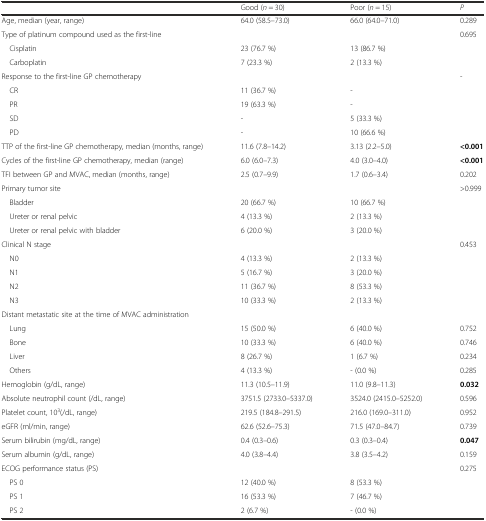
<table><thead><tr><td></td><td><b>Good (<i>n</i> = 30)</b></td><td><b>Poor (<i>n</i> = 15)</b></td><td><b><i>P</i></b></td></tr></thead><tbody><tr><td>Age, median (year, range)</td><td>64.0 (58.5–73.0)</td><td>66.0 (64.0–71.0)</td><td>0.289</td></tr><tr><td>Type of platinum compound used as the first-line</td><td></td><td></td><td>0.695</td></tr><tr><td> Cisplatin</td><td>23 (76.7 %)</td><td>13 (86.7 %)</td><td></td></tr><tr><td> Carboplatin</td><td>7 (23.3 %)</td><td>2 (13.3 %)</td><td></td></tr><tr><td>Response to the first-line GP chemotherapy</td><td></td><td></td><td>-</td></tr><tr><td> CR</td><td>11 (36.7 %)</td><td>-</td><td></td></tr><tr><td> PR</td><td>19 (63.3 %)</td><td>-</td><td></td></tr><tr><td> SD</td><td>-</td><td>5 (33.3 %)</td><td></td></tr><tr><td> PD</td><td>-</td><td>10 (66.6 %)</td><td></td></tr><tr><td>TTP of the first-line GP chemotherapy, median (months, range)</td><td>11.6 (7.8–14.2)</td><td>3.13 (2.2–5.0)</td><td><b>&lt;0.001</b></td></tr><tr><td>Cycles of the first-line GP chemotherapy, median (range)</td><td>6.0 (6.0–7.3)</td><td>4.0 (3.0–4.0)</td><td><b>&lt;0.001</b></td></tr><tr><td>TFI between GP and MVAC, median (months, range)</td><td>2.5 (0.7–9.9)</td><td>1.7 (0.6–3.4)</td><td>0.202</td></tr><tr><td>Primary tumor site</td><td></td><td></td><td>&gt;0.999</td></tr><tr><td> Bladder</td><td>20 (66.7 %)</td><td>10 (66.7 %)</td><td></td></tr><tr><td> Ureter or renal pelvic</td><td>4 (13.3 %)</td><td>2 (13.3 %)</td><td></td></tr><tr><td> Ureter or renal pelvic with bladder</td><td>6 (20.0 %)</td><td>3 (20.0 %)</td><td></td></tr><tr><td>Clinical N stage</td><td></td><td></td><td>0.453</td></tr><tr><td> N0</td><td>4 (13.3 %)</td><td>2 (13.3 %)</td><td></td></tr><tr><td> N1</td><td>5 (16.7 %)</td><td>3 (20.0 %)</td><td></td></tr><tr><td> N2</td><td>11 (36.7 %)</td><td>8 (53.3 %)</td><td></td></tr><tr><td> N3</td><td>10 (33.3 %)</td><td>2 (13.3 %)</td><td></td></tr><tr><td colspan="4">Distant metastatic site at the time of MVAC administration</td></tr><tr><td> Lung</td><td>15 (50.0 %)</td><td>6 (40.0 %)</td><td>0.752</td></tr><tr><td> Bone</td><td>10 (33.3 %)</td><td>6 (40.0 %)</td><td>0.746</td></tr><tr><td> Liver</td><td>8 (26.7 %)</td><td>1 (6.7 %)</td><td>0.234</td></tr><tr><td> Others</td><td>4 (13.3 %)</td><td>- (0.0 %)</td><td>0.285</td></tr><tr><td>Hemoglobin (g/dL, range)</td><td>11.3 (10.5–11.9)</td><td>11.0 (9.8–11.3)</td><td><b>0.032</b></td></tr><tr><td>Absolute neutrophil count (/dL, range)</td><td>3751.5 (2733.0–5337.0)</td><td>3524.0 (2415.0–5252.0)</td><td>0.596</td></tr><tr><td>Platelet count, 10<sup>3</sup>(/dL, range)</td><td>219.5 (184.8–291.5)</td><td>216.0 (169.0–311.0)</td><td>0.952</td></tr><tr><td>eGFR (ml/min, range)</td><td>62.6 (52.6–75.3)</td><td>71.5 (47.0–84.7)</td><td>0.739</td></tr><tr><td>Serum bilirubin (mg/dL, range)</td><td>0.4 (0.3–0.6)</td><td>0.3 (0.3–0.4)</td><td><b>0.047</b></td></tr><tr><td>Serum albumin (g/dL, range)</td><td>4.0 (3.8–4.4)</td><td>3.8 (3.5–4.2)</td><td>0.159</td></tr><tr><td>ECOG performance status (PS)</td><td></td><td></td><td>0.275</td></tr><tr><td> PS 0</td><td>12 (40.0 %)</td><td>8 (53.3 %)</td><td></td></tr><tr><td> PS 1</td><td>16 (53.3 %)</td><td>7 (46.7 %)</td><td></td></tr><tr><td> PS 2</td><td>2 (6.7 %)</td><td>- (0.0 %)</td><td></td></tr></tbody></table>